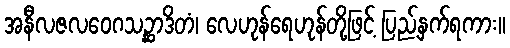
အနီလဇလဝေဂသဉ္ဆာဒိတံ၊ လေဟုန်ရေဟုန်တို့ဖြင့် ပြည့်နှက်ရကား။